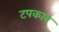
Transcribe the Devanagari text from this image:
टपकाव